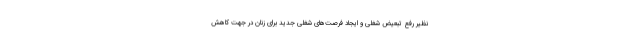
نظیر رفع تبعیض شغلی و ایجاد فرصت‌های شغلی جدید برای زنان در جهت کاهش